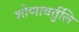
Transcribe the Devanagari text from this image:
शोणावर्तुलि